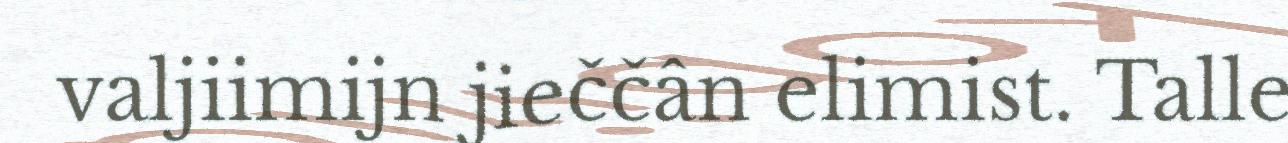
valjiimijn jieččân elimist. Talle